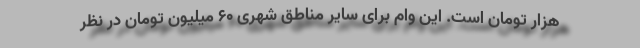
هزار تومان است. این وام برای سایر مناطق شهری ۶۰ میلیون تومان در نظر